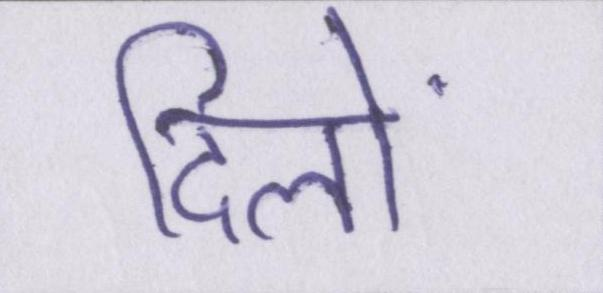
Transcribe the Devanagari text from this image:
दिलों